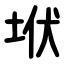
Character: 垘